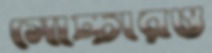
সোচ্চারও